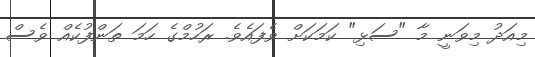
މިއަދު މިވަނީ މާ "ސަޅި" ކަމަކަށް ވެފައެވެ. ރަހުމްގެ ހަމަ ތަންފުކެއް ވެސް